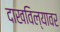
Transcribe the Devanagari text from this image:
दाखविल्यावर